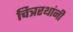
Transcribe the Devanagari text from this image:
चित्ररथांनी